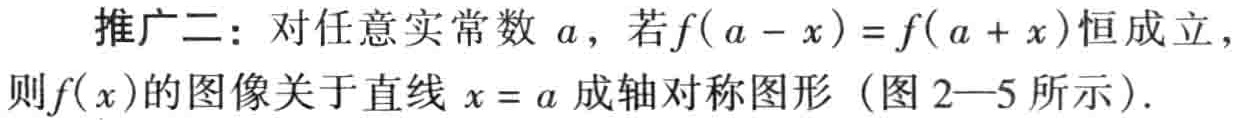
推广二：对任意实常数 \(a\)，若\(f(a - x)=f(a + x)\)恒成立，则\(f(x)\)的图像关于直线 \(x = a\) 成轴对称图形（图 2—5 所示）.